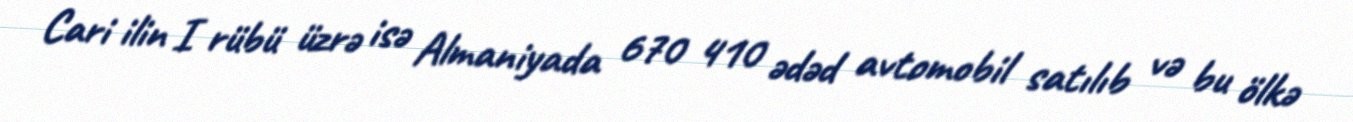
Cari ilin I rübü üzrə isə Almaniyada 670 410 ədəd avtomobil satılıb və bu ölkə